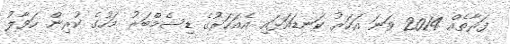
ފަރާތެއް 2014 ވަނަ އަހަރު ކަނޑައަޅައި އެއަހަރުގެ ޑިސެމްބަރު މަހުގެ ކުރިން ހަވާލު